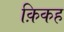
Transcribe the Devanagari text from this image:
क़िकह